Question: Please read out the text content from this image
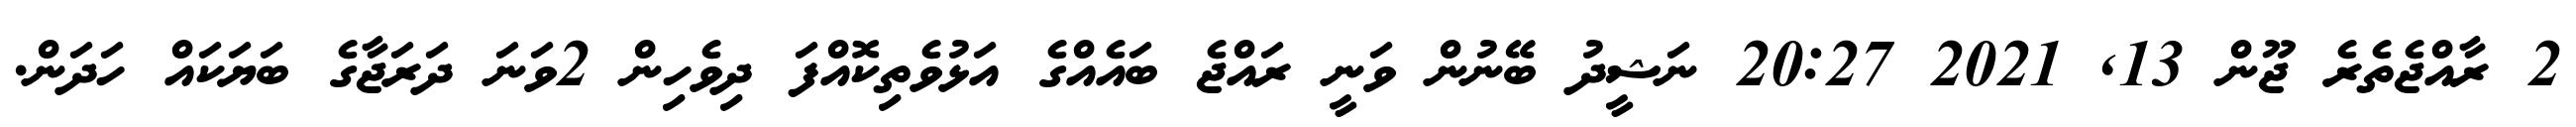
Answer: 2 ރާއްޖެތެރެ ޖޫން 13, 2021 20:27 ނަޝީދު ބޭނުން ވަނީ ރައްޖެ ބައެއްގެ އަޅުވެތިކޮއްފަ ދިވެހިން 2ވަނަ ދަރަޖާގެ ބަޔަކައް ހަދަން.